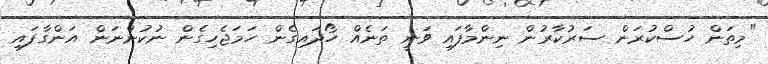
"މިތަން ހުސްކުރަން ސަރުކާރުން ނިންމާފައި ވަނީ ތަނެއް ހޯދައިގެން ހަމަޖެހިގެން ނުކުންނަން އަންގާފައި